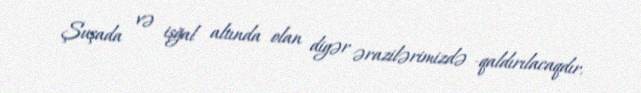
Şuşada və işğal altında olan digər ərazilərimizdə ­qaldırılacaqdır.